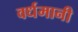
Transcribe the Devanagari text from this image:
वर्धमानी